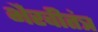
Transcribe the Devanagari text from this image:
भैरवीतंत्र